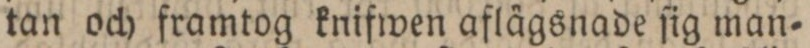
tan och framtog knifwen aflägsnade ſig man=